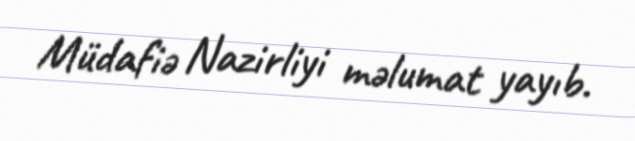
Müdafiə Nazirliyi məlumat yayıb.